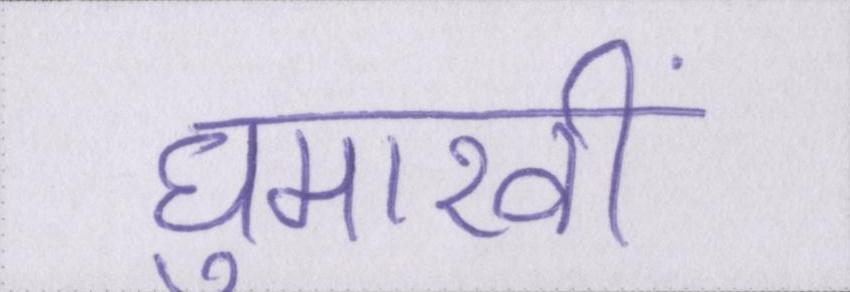
घुमारवीं